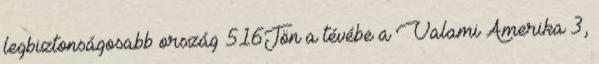
legbiztonságosabb ország 516Jön a tévébe a Valami Amerika 3,